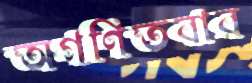
অগণিতবার